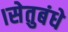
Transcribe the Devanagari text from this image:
।सेतुबंधे